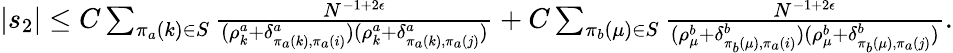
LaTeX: \begin{array}{r}{|s_{2}|\le C\sum_{\pi_{a}(k)\in S}\frac{N^{-1+2\epsilon}}{(\rho_{k}^{a}+\delta_{\pi_{a}(k),\pi_{a}(i)}^{a})(\rho_{k}^{a}+\delta_{\pi_{a}(k),\pi_{a}(j)}^{a})}+C\sum_{\pi_{b}(\mu)\in S}\frac{N^{-1+2\epsilon}}{(\rho_{\mu}^{b}+\delta_{\pi_{b}(\mu),\pi_{a}(i)}^{b})(\rho_{\mu}^{b}+\delta_{\pi_{b}(\mu),\pi_{a}(j)}^{b})}.}\end{array}